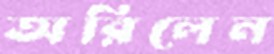
অরিলেন